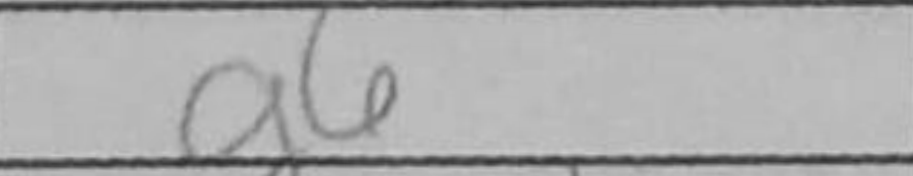
Transcription: g6